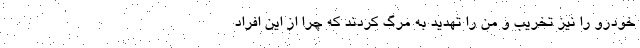
خودرو را نیز تخریب و من را تهدید به مرگ کردند که چرا از این افراد